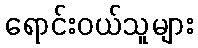
ရောင်းဝယ်သူများ